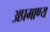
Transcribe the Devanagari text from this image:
अप्रमाण्‍य